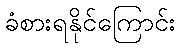
ခံစားရနိုင်ကြောင်း